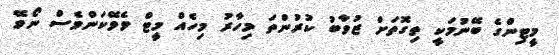
މީޓިންގެ ބޭނުމަކީ ތިގޮތަށް ޒުވާބު ކުރުންތަ މިހާރު މިހެއް މީޓް ވެވޭކަންވެސް ނޯވޭ